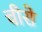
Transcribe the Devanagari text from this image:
चीरो